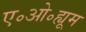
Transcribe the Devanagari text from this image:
ए॰ओ॰ह्यूम